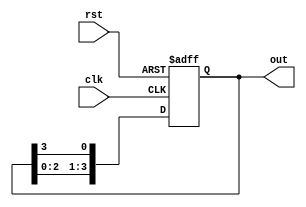
`timescale 1ns / 1ps
//////////////////////////////////////////////////////////////////////////////////
// Company: 
// Engineer: 
// 
// Design Name: 
// Module Name: twtring
// Project Name: 
// Target Devices: 
// Tool Versions: 
// Description: 
// 
// Dependencies: 
// 
// Revision:
// Revision 0.01 - File Created
// Additional Comments:
// 
//////////////////////////////////////////////////////////////////////////////////


module twtring(
input clk,
input rst,
output [3:0]out
);
reg [3:0]counter;
always @(posedge clk or posedge rst)
begin
if(rst)
   counter<=4'b0001;
   else
   counter<={counter[2:0],counter[3]};
   end        
   assign out = counter;
   endmodule